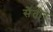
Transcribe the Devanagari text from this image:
सेंतौर